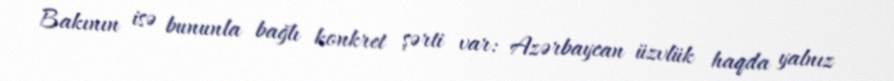
Bakının isə bununla bağlı konkret şərti var: Azərbaycan üzvlük haqda yalnız